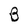
Character: B